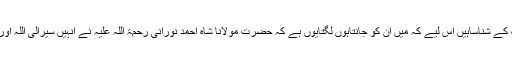
میں کہہ سکتاہوں وہ اس راہ کے شناساہیں اس لیے کہ میں ان کو جانتاہوں لگتایوں ہے کہ حضرت مولانا شاہ احمد نورانی رحمۃ اللہ علیہ نے انہیں سیرالی اللہ اور سیرفی اللہ کروارکھی ہے۔